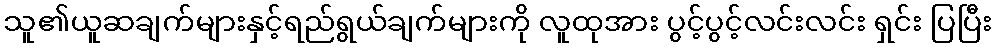
သူ၏ယူဆချက်များနှင့်ရည်ရွယ်ချက်များကို လူထုအား ပွင့်ပွင့်လင်းလင်း ရှင်း ပြပြီး